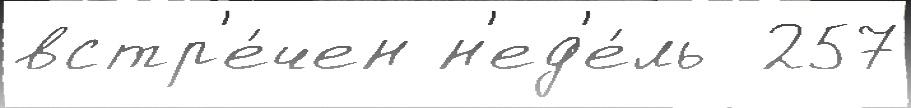
встр'е́чен н'ед'е́ль  257